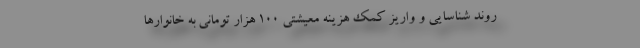
روند شناسایی و واریز کمک هزینه معیشتی ۱۰۰ هزار تومانی به خانوارها